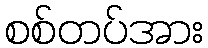
စစ်တပ်အား